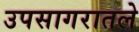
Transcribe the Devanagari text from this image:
उपसागरातले